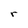
Character: r